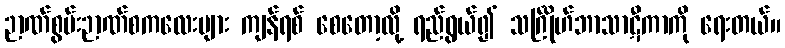
ဉာဏ်စွမ်းဉာဏ်စကလေးများ ကျန်ရစ် စေတော့လို့ ရည်ရွယ်၍ သင်္ဂြိုဟ်ဘာသာဋီကာကို ရေးတယ်။